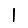
Digit: 1